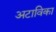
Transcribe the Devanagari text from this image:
अटाविका